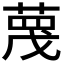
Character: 𫈼